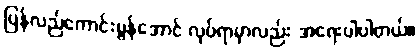
ပြန်လည်ကောင်းမွန်အောင် လုပ်ရာမှာလည်း အရေးပါပါတယ်။